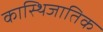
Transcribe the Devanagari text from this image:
कास्थिजातिक